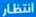
انتظار